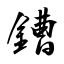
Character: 鏪